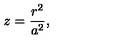
z = \frac { r ^ { 2 } } { a ^ { 2 } } ,